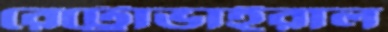
রেট্রোভাইরাল